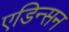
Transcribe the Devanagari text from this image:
एडिन्सन